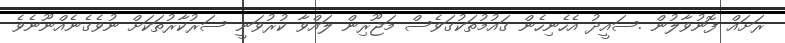
ރަށައް ފޮނުވާލުން .ސައީދު އެހެނިހެން ގައުމުތަކުގަވެސް މަޖޫރިން ލައްވާ ކުރުވަނީ ސަރުކާރުތަކަށް ނުވެގެނެއްނޫނެވެ